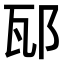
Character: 邷